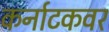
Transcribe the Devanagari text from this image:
कर्नाटकवर